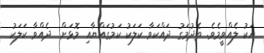
އަކު ލެއްވީމެވެ. ތެދުމަގު ދައްކަވާ ކަލަކު ކަމުގައްޔާއި މޮޅަށް  ދެއްވާ ކަލަކު